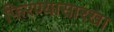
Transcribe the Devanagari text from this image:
फिरण्यासारखा